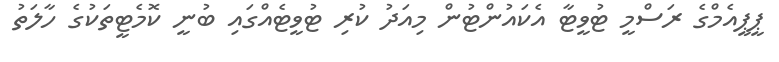
ޕީޕީއެމްގެ ރަސްމީ ޓުވީޓާ އެކައުންޓުން މިއަދު ކުރި ޓުވީޓެއްގައި ބުނީ ކޮމެޓީތަކުގެ ހާލަތު